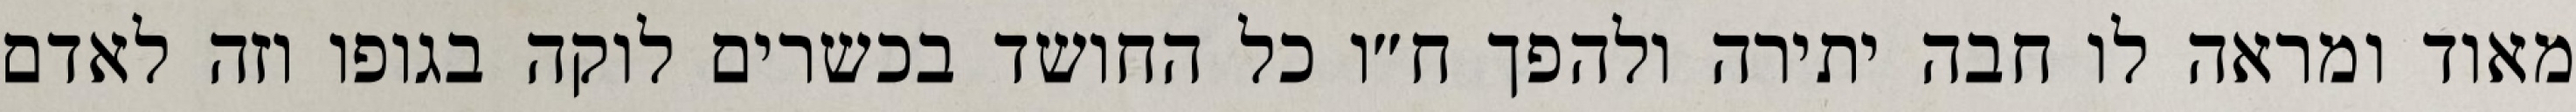
מאוד ומראה לו חבה יתירה ולהפך ח״ו כל החושד בכשרים לוקה בגופו וזה לאדם